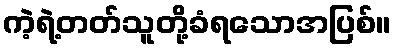
ကဲ့ရဲ့တတ်သူတို့ခံရသောအပြစ်။